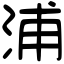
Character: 浦